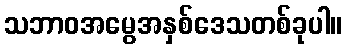
သဘာဝအမွေအနှစ်ဒေသတစ်ခုပါ။